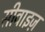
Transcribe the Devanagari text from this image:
सीवाइज़